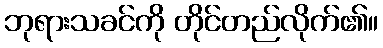
ဘုရားသခင်ကို တိုင်တည်လိုက်၏။